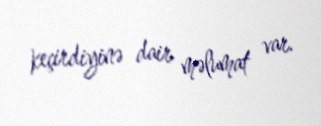
keçirdiyinə dair məlumat var.